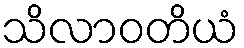
သိလာဝတိယံ